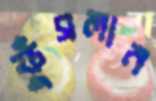
ফুঁসলান